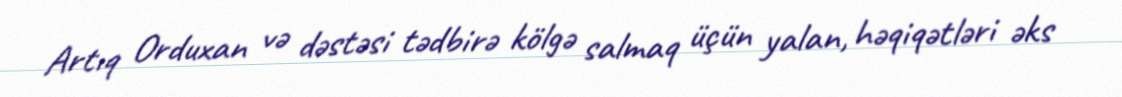
Artıq Orduxan və dəstəsi tədbirə kölgə salmaq üçün yalan, həqiqətləri əks